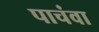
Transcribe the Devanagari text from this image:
पाचंवा